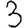
Digit: 3